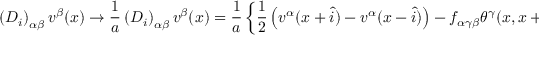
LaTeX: \left( D _ { i } \right) _ { \alpha \beta } v ^ { \beta } ( x ) \rightarrow \frac 1 a \left( { \cal D } _ { i } \right) _ { \alpha \beta } v ^ { \beta } ( x ) = \frac 1 a \left\{ \frac 1 2 \left( v ^ { \alpha } ( x + \widehat { i } ) - v ^ { \alpha } ( x - \widehat { i } ) \right) - f _ { \alpha \gamma \beta } \theta ^ { \gamma } ( x , x + \widehat { i } ) v ^ { \beta } ( x ) \right\}